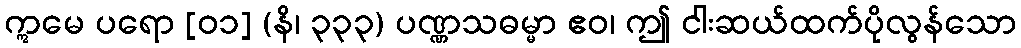
ဣမေ ပရော [၀၁] (နိ၊ ၃၃၃) ပဏ္ဏသဓမ္မာ ဧဝ၊ ဤ ငါးဆယ်ထက်ပိုလွန်သော